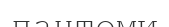
пантоми